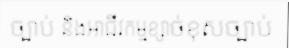
ច្បាប់ និងអាជីវកម្មខ្សាច់ខុសច្បាប់